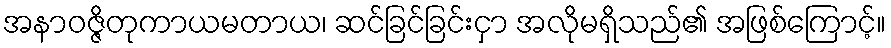
အနာဝဇ္ဇိတုကာယမတာယ၊ ဆင်ခြင်ခြင်းငှာ အလိုမရှိသည်၏ အဖြစ်ကြောင့်။